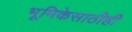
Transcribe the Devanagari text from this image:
भूमिकेसाठीही